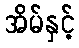
အိမ်နှင့်